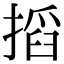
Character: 搯